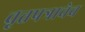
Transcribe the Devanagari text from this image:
वृत्तपत्राचेच